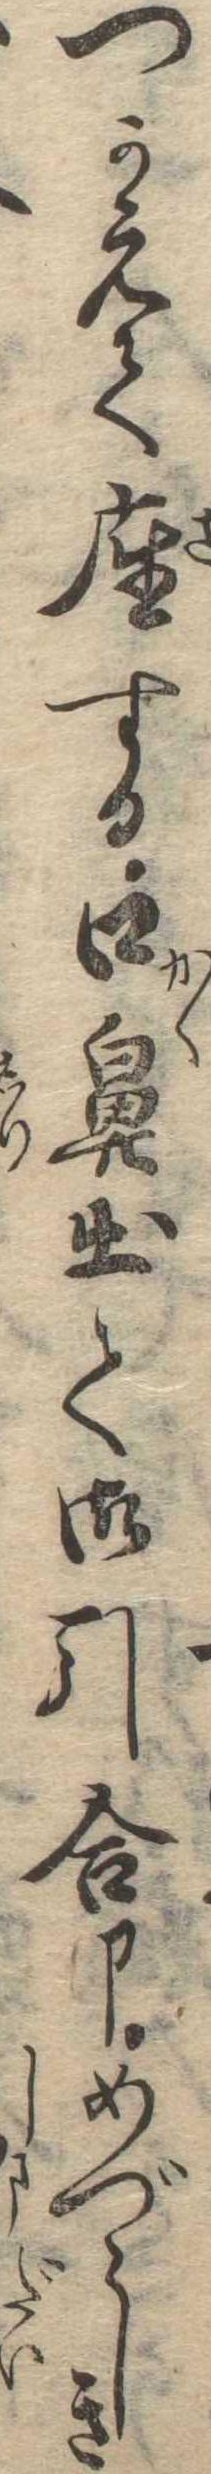
つかえて座する口鼻出て御引合申めづらしき